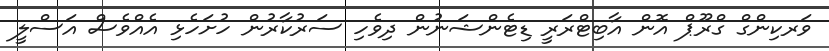
ވަރކިންގް ގްރޫޕް އޮން އާބިޓްރަރީ ޑިޓެންޝަނުން ދިވެހި ސަރުކާރުން ހުށަހެޅި އެއްވެސް އަސްލީ